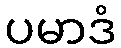
ပမာဒံ